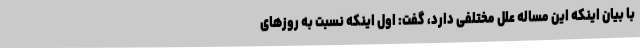
با بیان اینکه این مساله علل مختلفی دارد، گفت: اول اینکه نسبت به روزهای